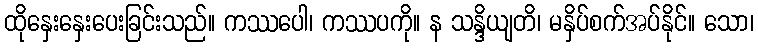
ထိုနှေးနှေးပေးခြင်းသည်။ ကဿပေါ၊ ကဿပကို။ န သန္ဒိယျတိ၊ မနှိပ်စက်အပ်နိုင်။ သော၊